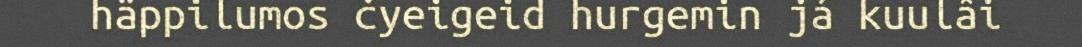
häppilumos čyeigeid hurgemin já kuulâi